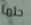
حلما